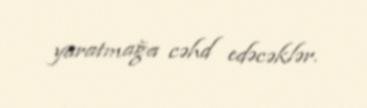
yaratmağa cəhd edəcəklər.